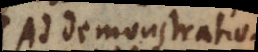
Ad demonstrationes